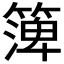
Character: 𥱼